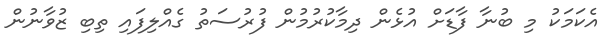
އެކަމަކު މި ބުނާ ފާޑަށް އުޅެން ދިމާކުރުމުން ފުރުސަތު ގެއްލިފައި ތިބި ޒުވާނުން